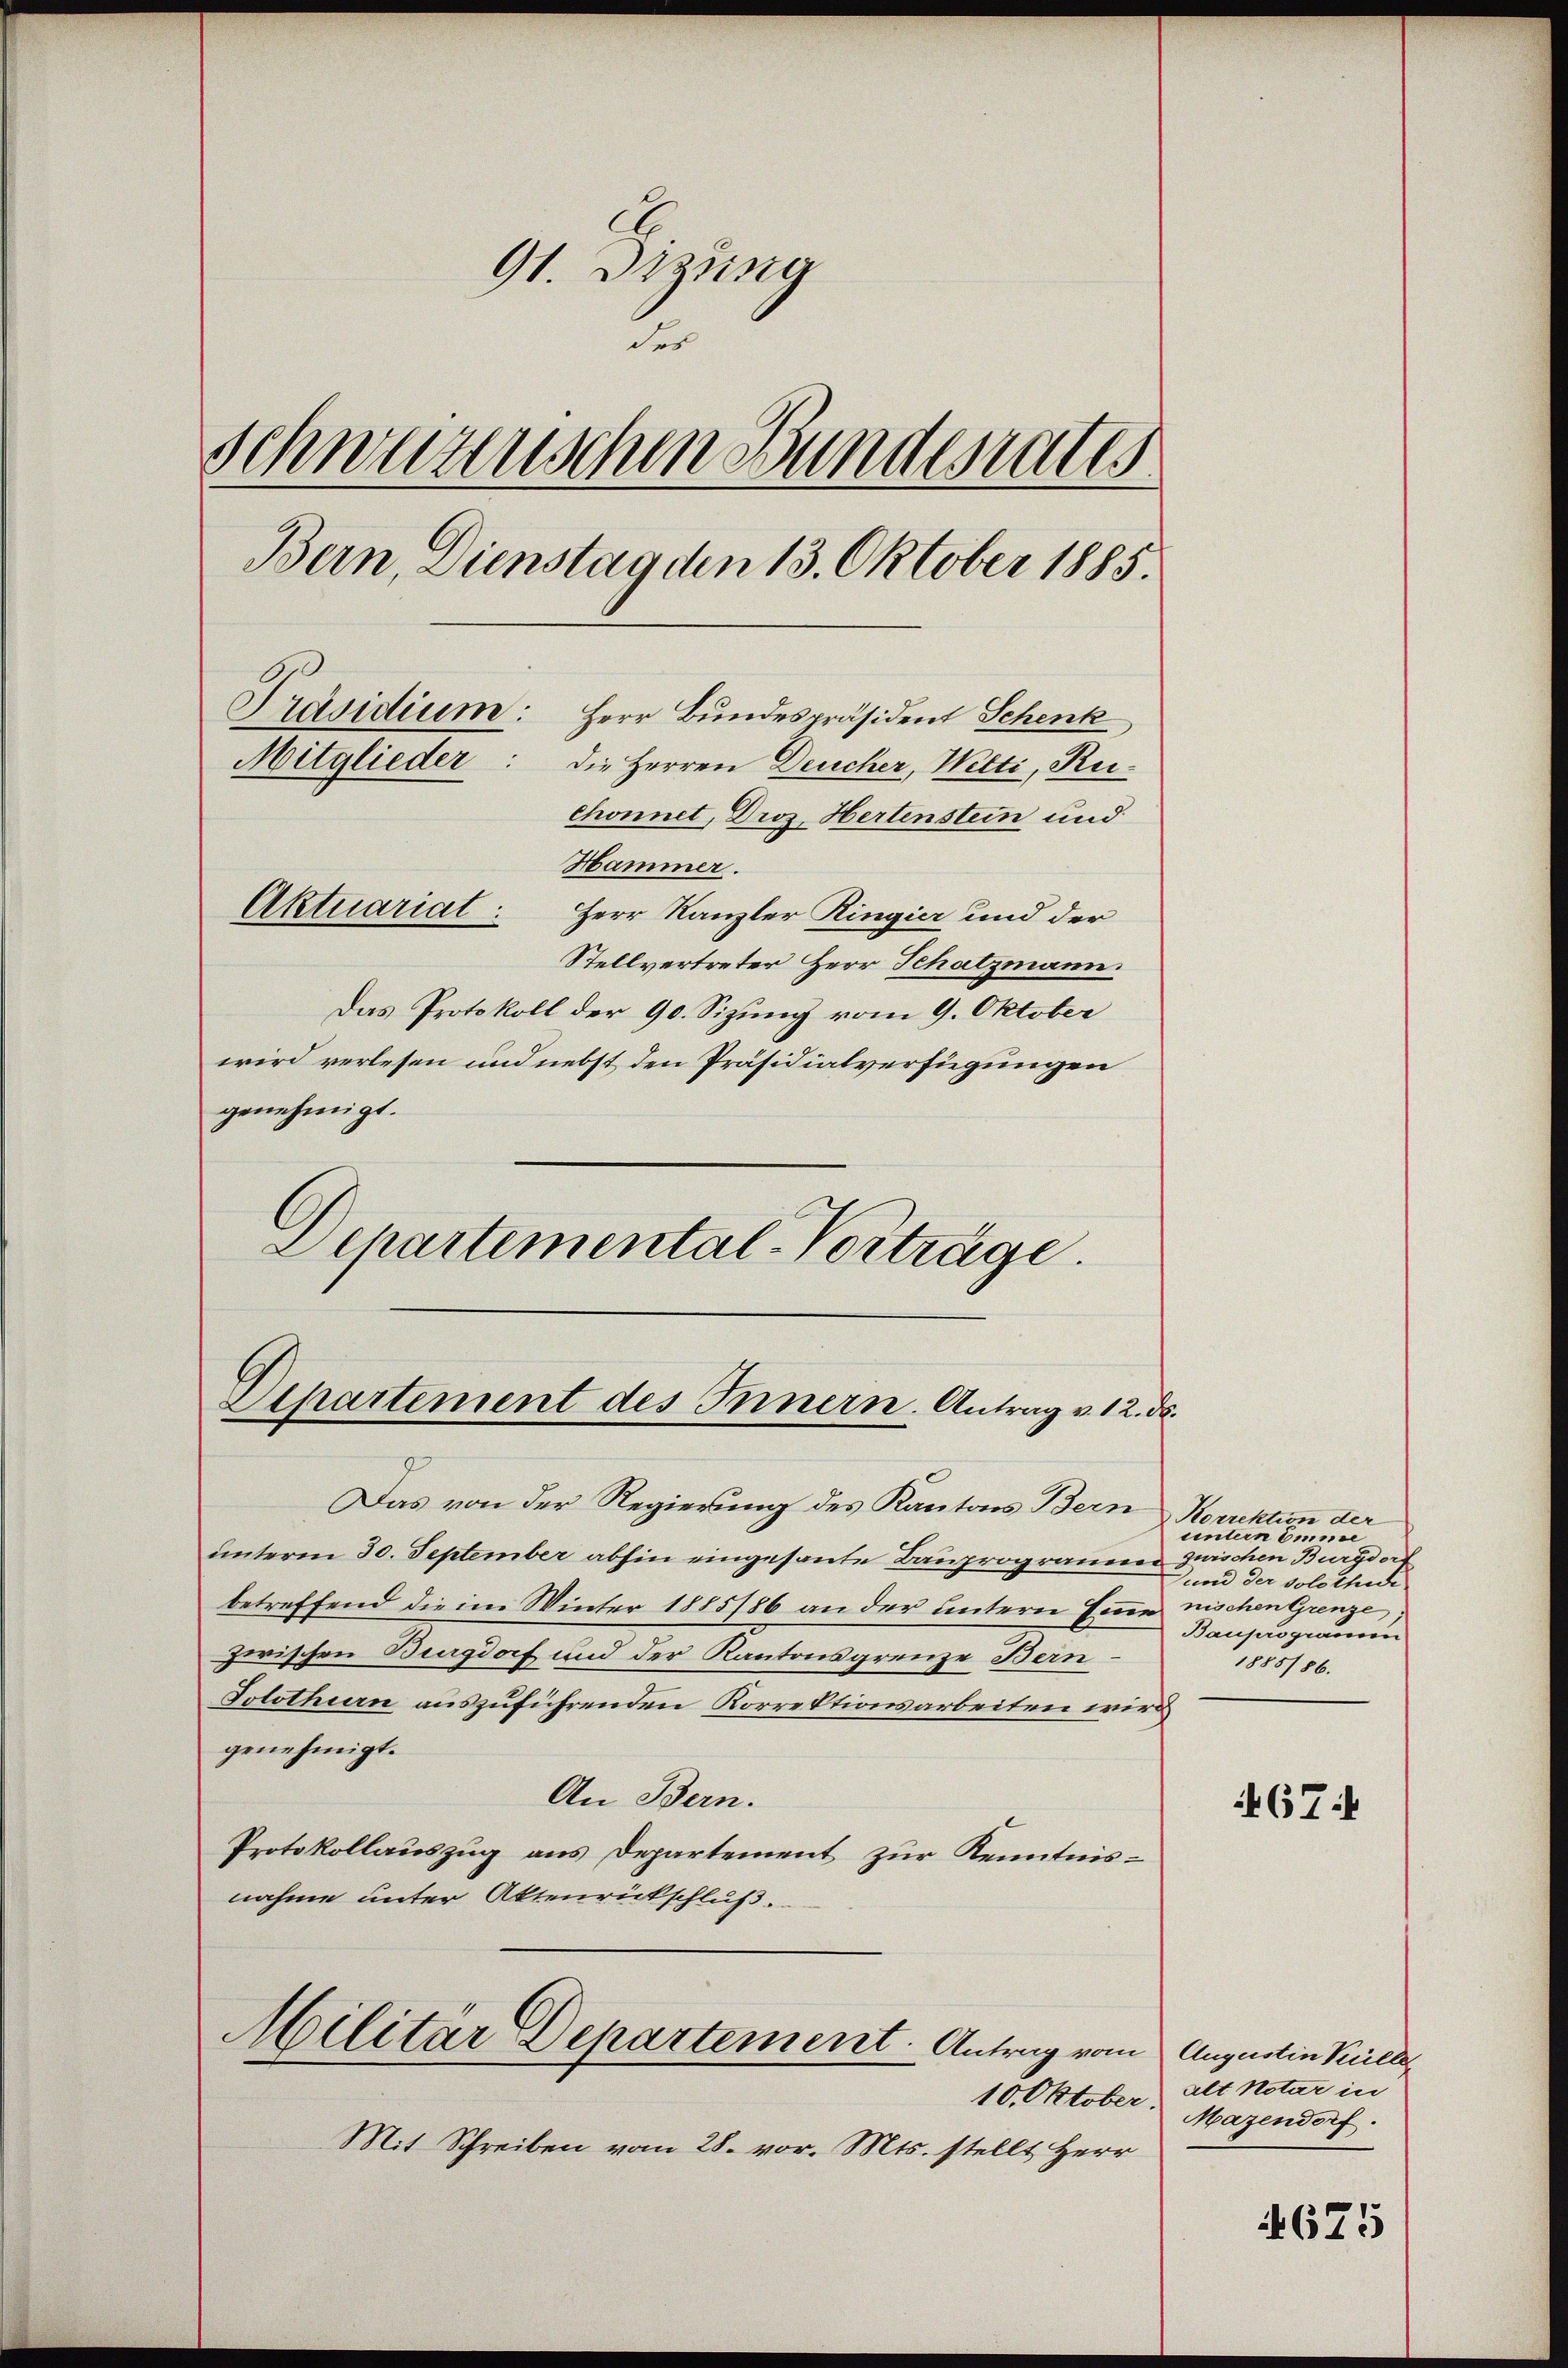
91. Dizung
der
Schwerenschen Bunderates
Bern, Dienstag den 13. Oktober 1885.
Präsidium: Herr Bundespräsident Schenk
Mitglieder:
die Herren Deucher, Wetti, Reichonnet, Dros. Hertenstein und

Hammer.
Aktuariat: Herr Kanzler Ringier und der
Stellvertreter Herr Schatzmann.
Das Protokoll der 90. Sizung vom 9. Oktober
wird verlesen und nebst den Präsidialverfügungen
genehmigt.
Departemental-Vorträge.

Departement des Innern. Antrag v. 12. ds.

unterm 30. September abhin eingesante Bauprogrammer zwischen Burgdorf
betreffend die im Winter 1885/86 an der untern Eine nischen Grenze
zwischen Burgdorf und der Kantonsgrenze Bern.
Solothurn auszuführenden Korrektionsarbeiten wie
genehmigt.
An Bern.
Protokollauszug aus Departement zur Kenntnisnahme unter Aktenrückschluß.

Militär Departement. Antrag vom

Das von der Regierung des Kantons Bern Korrektion der

untern eine
und der Solothur
Bauprogramen
1885/86.

10. Oktober.
Mit Schreiben vom 28. vor. Mts. stellt Herr

67

Augustin Kelle
alt Notar in
Mazendorf.

4675